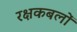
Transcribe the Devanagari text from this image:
रक्षकबलों